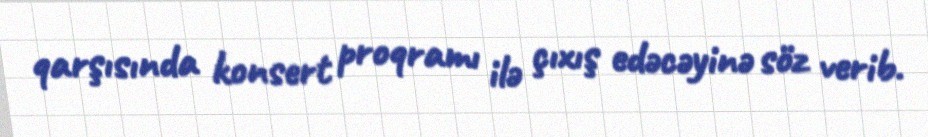
qarşısında konsert proqramı ilə çıxış edəcəyinə söz verib.